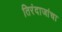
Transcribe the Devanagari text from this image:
तिरंदाजांचा